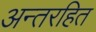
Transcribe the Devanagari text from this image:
अन्तरहित